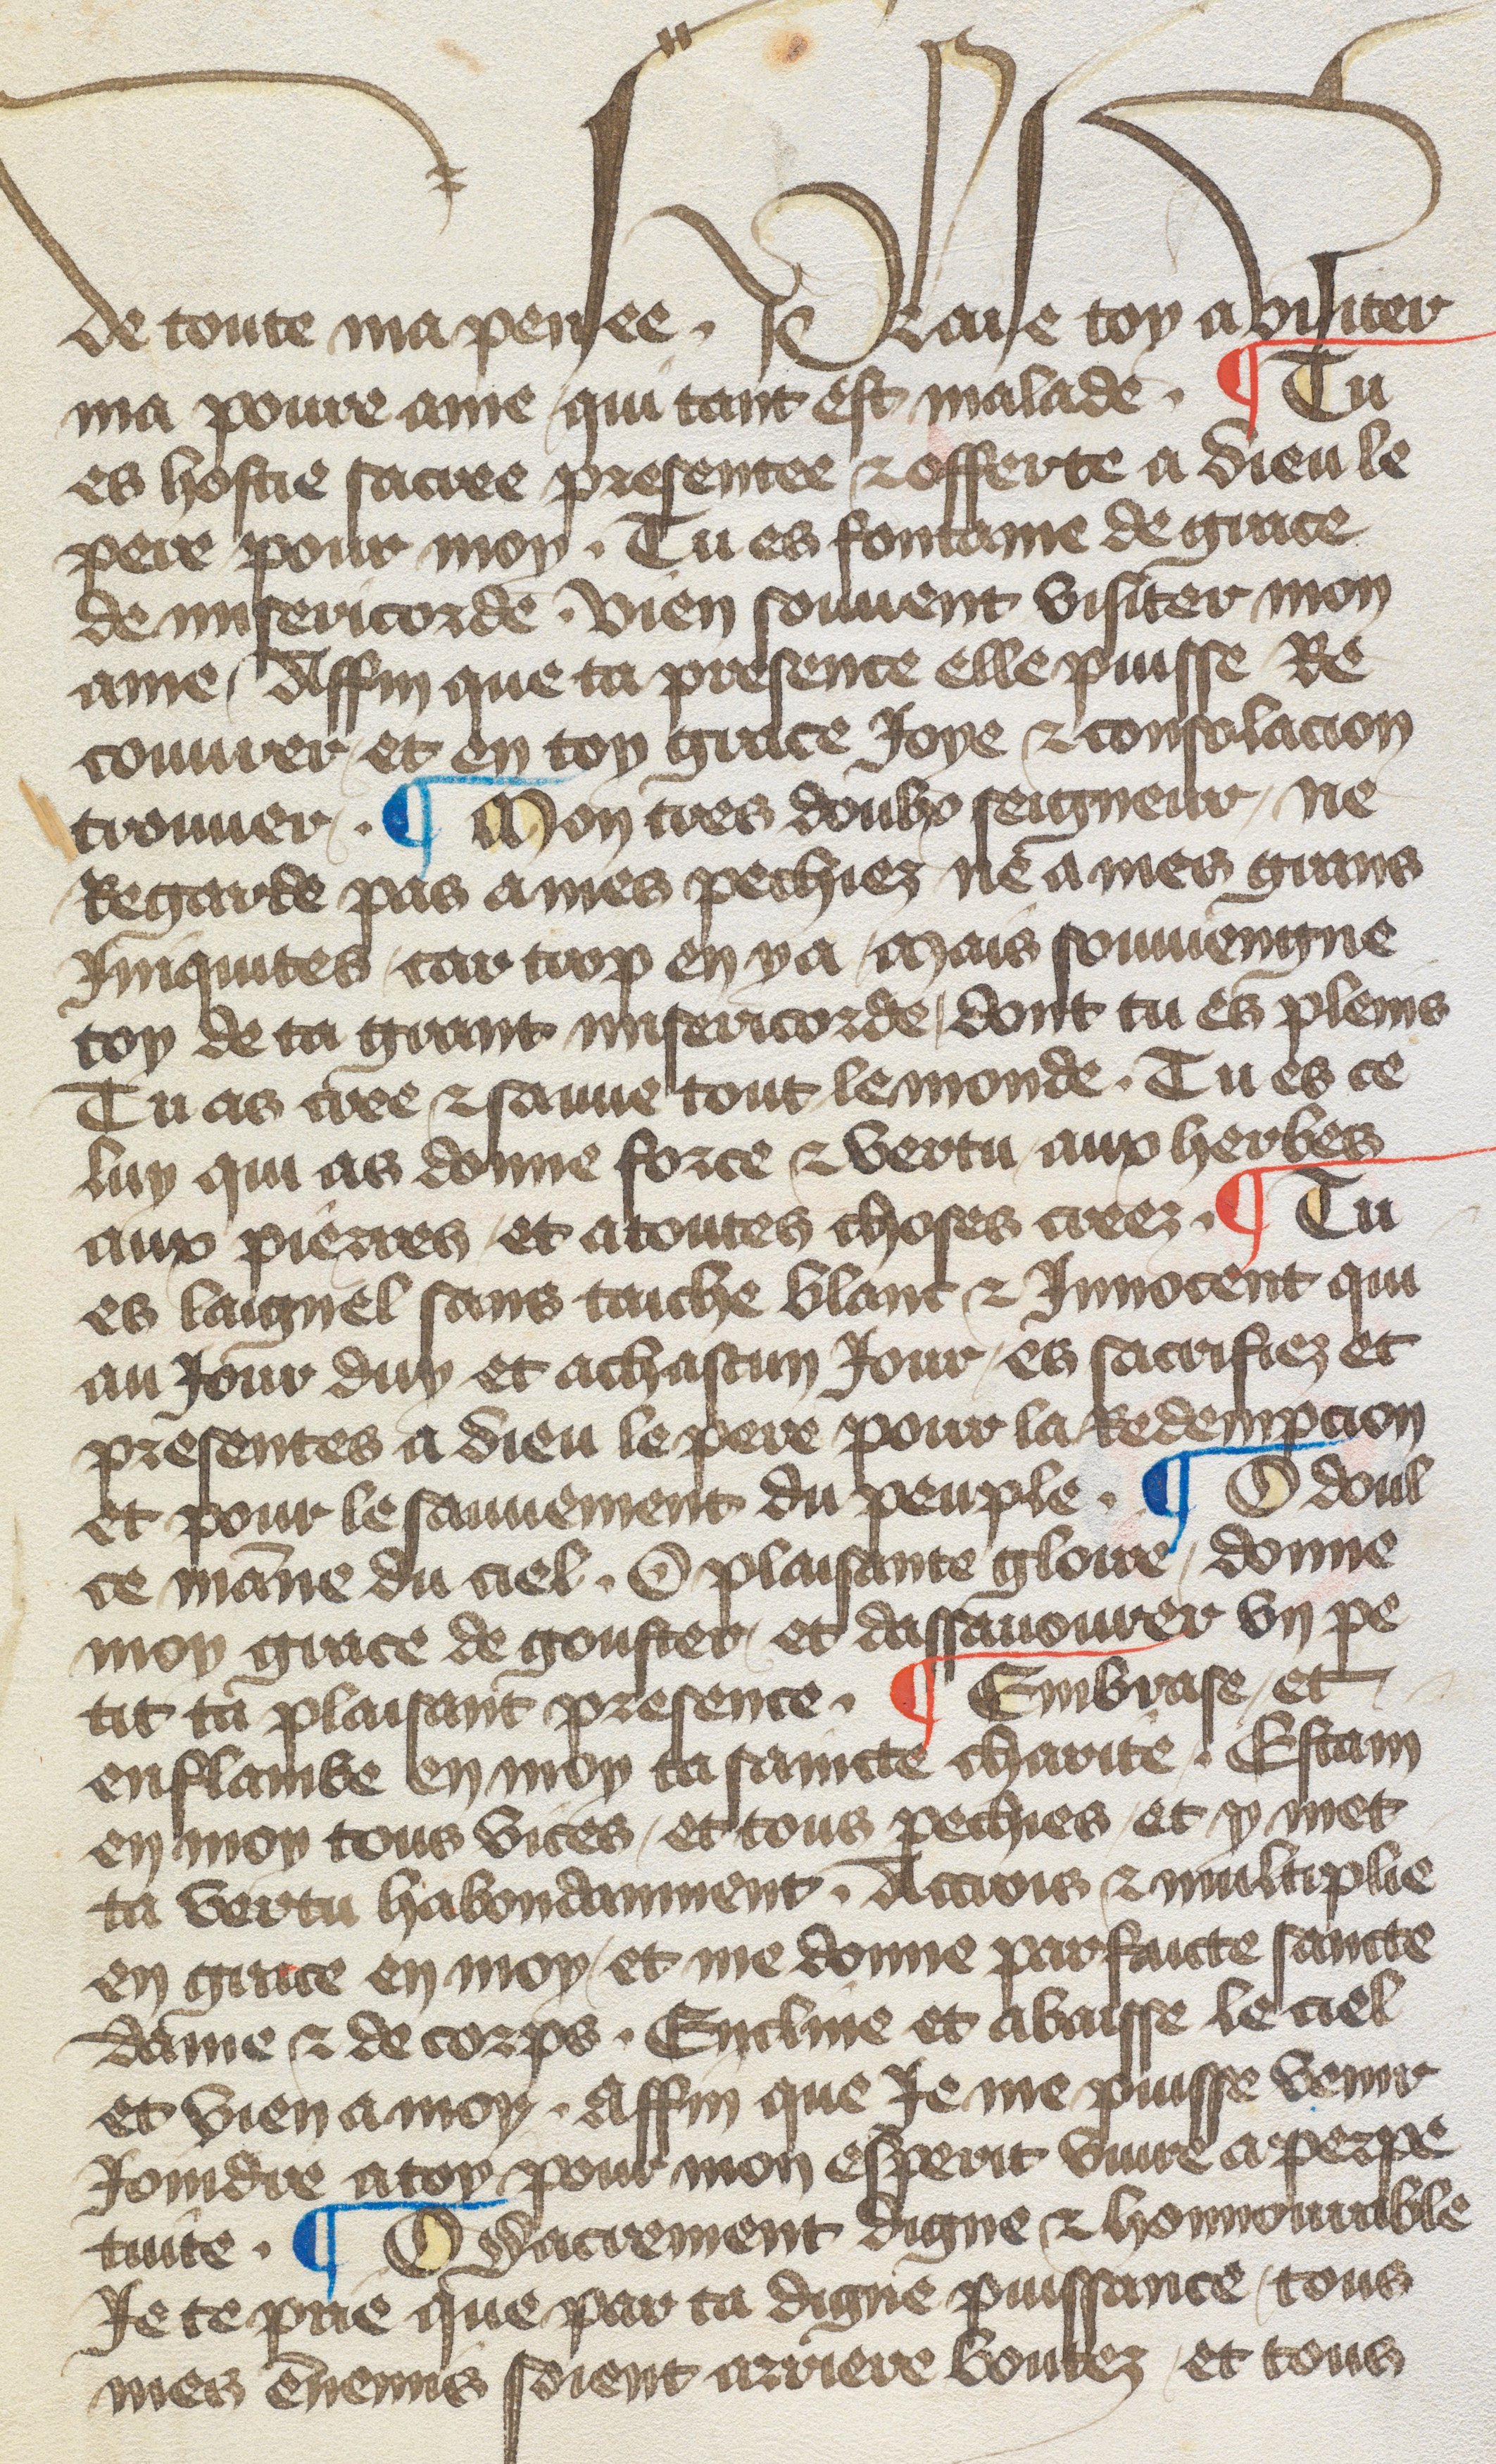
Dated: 1417–1417